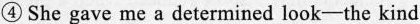
④ She gave me a determined look-the kind